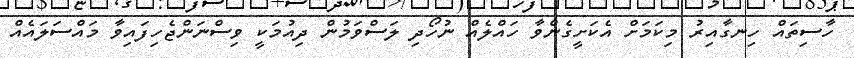
ހާސިތައް ހިނގާއިރު މިކަމަށް އެކަށީގެންވާ ހައްލެއް ނުހޯދި ލަސްވަމުން ދިއުމަކީ ވިސްނަންޖެހިފައިވާ މައްސަލައެއް